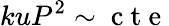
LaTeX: kuP^{2}\sim\mathrm{~c~t~e~}